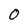
Character: 0